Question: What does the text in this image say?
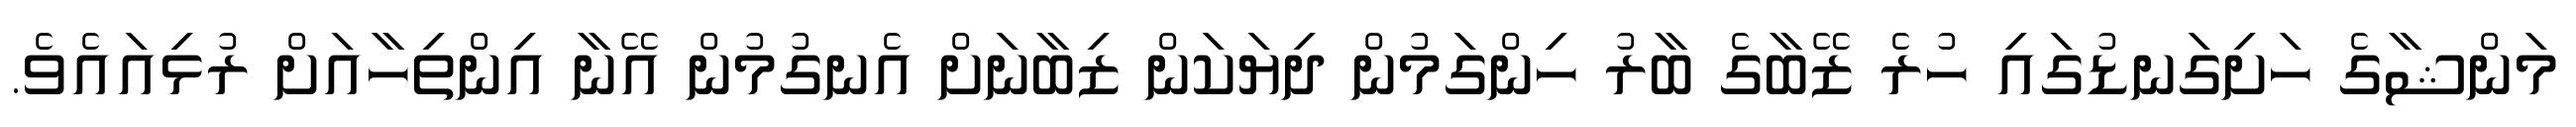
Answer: މަންޝާގެ ހަށިގަނޑުގައި ހުރެ ޒޭބާގެ ބާރު ހިންގަމުން ދިޔަކަން ޒިބާނަށް އެނގުމުން އޭނާ އިންތިހާއަށް ރުޅިއައެވެ.